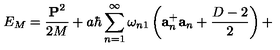
E _ { M } = \frac { { \bf P } ^ { 2 } } { 2 M } + a \hbar \sum _ { n = 1 } ^ { \infty } \omega _ { n 1 } \left( { \bf a } _ { n } ^ { + } { \bf a } _ { n } + \frac { D - 2 } { 2 } \right) +